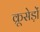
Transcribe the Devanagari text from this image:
क्रूसेड़ों